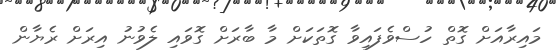
މައިރާއަށް ގޮތް ހުސްވެފައިވާ ގޮތަކަށް މާ ބާރަށް ގޮވައި ލެވުނު އިރަށް ރެޔާން